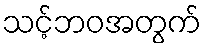
သင့်ဘဝအတွက်